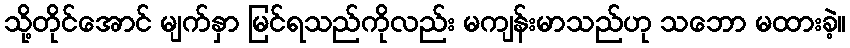
သို့တိုင်အောင် မျက်နှာ မြင်ရသည်ကိုလည်း မကျန်းမာသည်ဟု သဘော မထားခဲ့။